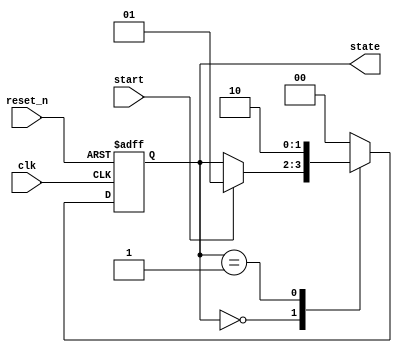
module event_control_example (
    input wire clk,                // Clock signal
    input wire reset_n,            // Active low reset
    input wire start,              // Start signal to initiate state machine
    output reg [1:0] state         // State output (2-bit for simplicity)
);

    // State encoding
    localparam IDLE    = 2'b00;
    localparam RUNNING = 2'b01;
    localparam DONE    = 2'b10;

    // Sensitivity list for state machine control
    always @(posedge clk or negedge reset_n) begin
        if (!reset_n) begin
            state <= IDLE; // Reset state
        end else begin
            case (state)
                IDLE: begin
                    if (start) begin
                        state <= RUNNING; // Transition to RUNNING state
                    end
                end
                RUNNING: begin
                    // Here you can add additional conditions for transitioning
                    state <= DONE; // For demonstration, transition to DONE
                end
                DONE: begin
                    // Transition back to IDLE on some condition, here simulated
                    state <= IDLE; // Loop back to IDLE for this demonstration
                end
                default: state <= IDLE; // Default case
            endcase
        end
    end

    // Example of handling an event on a signal change
    always @(start) begin
        if (start) begin
            // Perform some action when 'start' signal is asserted
            $display("Start signal asserted, transitioning to RUNNING state.");
        end
    end

    // Non-blocking example with a variable update based on state
    always @(state) begin
        case (state)
            IDLE: begin
                // Blocking assignment to a hypothetical output
                // In a real design, you might drive outputs based on state
                $display("Current State: IDLE");
            end
            RUNNING: begin
                // Non-blocking assignment for other operations
                $display("Current State: RUNNING");
            end
            DONE: begin
                // Non-blocking assignment for completion
                $display("Current State: DONE");
            end
            default: begin
                $display("Current State: UNKNOWN");
            end
        endcase
    end

endmodule